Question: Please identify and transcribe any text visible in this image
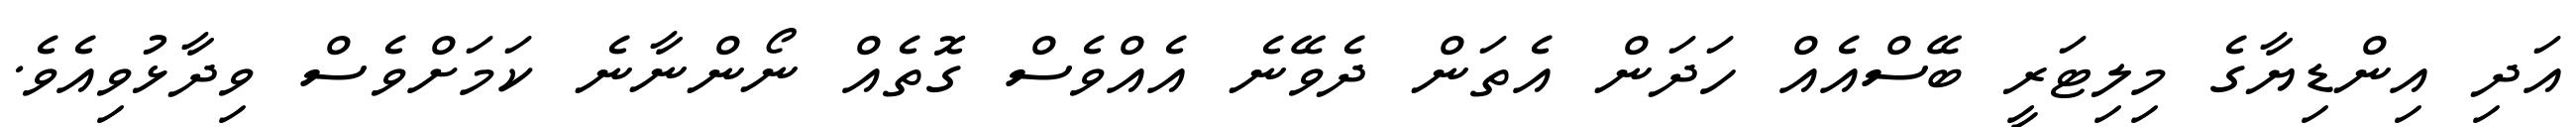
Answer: އަދި އިންޑިޔާގެ މިލިޓަރީ ބޭސްއެއް ހަދަން އެތަން ދެވޭނެ އެއްވެސް ގޮތެއް ނޯންނާނެ ކަމަށްވެސް ވިދާޅުވިއެވެ.